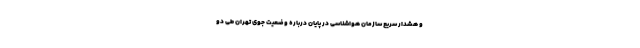
و هشدار سریع سازمان هواشناسی در پایان درباره وضعیت جوی تهران طی دو